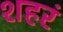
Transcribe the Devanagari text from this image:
शहरं